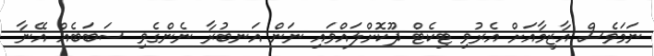
ނަމަވެސް އާޒިމާއަށް އެރުވި ޓިކެޓް ދޫކޮށްލައްވައި ނަން އަނބުރާ ނެންގެވި ސަބަބެއް އޭނާ